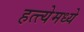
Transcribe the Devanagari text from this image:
हत्त्येमध्ये